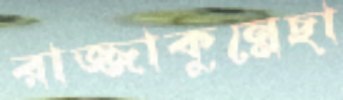
রাজ্জাকুন্নেছা